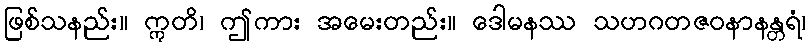
ဖြစ်သနည်း။ ဣတိ၊ ဤကား အမေးတည်း။ ဒေါမနဿ သဟဂတဇဝနာနန္တရံ၊